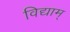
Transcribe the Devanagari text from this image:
विद्याम्